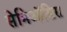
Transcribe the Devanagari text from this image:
सेमिऑसिस